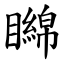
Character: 矊